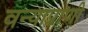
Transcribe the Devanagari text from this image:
वन्याप्राणी